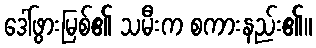
ဒေါ်ဖွားမြစ်၏ သမီးက စကားနည်း၏။